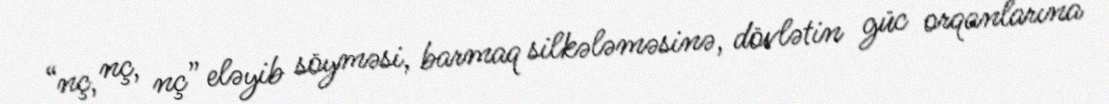
“nç, nç, nç” eləyib söyməsi, barmaq silkələməsinə, dövlətin güc orqanlarına